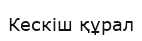
Кескіш құрал